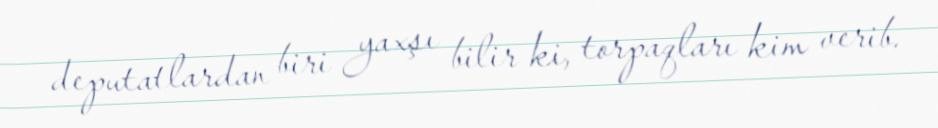
deputatlardan biri yaxşı bilir ki, torpaqları kim verib.